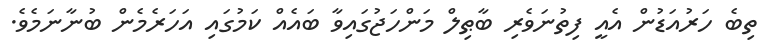
ތިބެ ހަރުއަޑުން އެއީ ފިތުނަވެރި ބާޠިލް މަންހަޖުގައިވާ ބައެއް ކަމުގައި އަހަރެމެން ބުނާނަމެވެ.